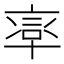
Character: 𠦸